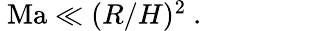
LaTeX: \begin{array}{r}{\ \mathrm{Ma}\ll(R/H)^{2}\ .\qquad\qquad}\end{array}